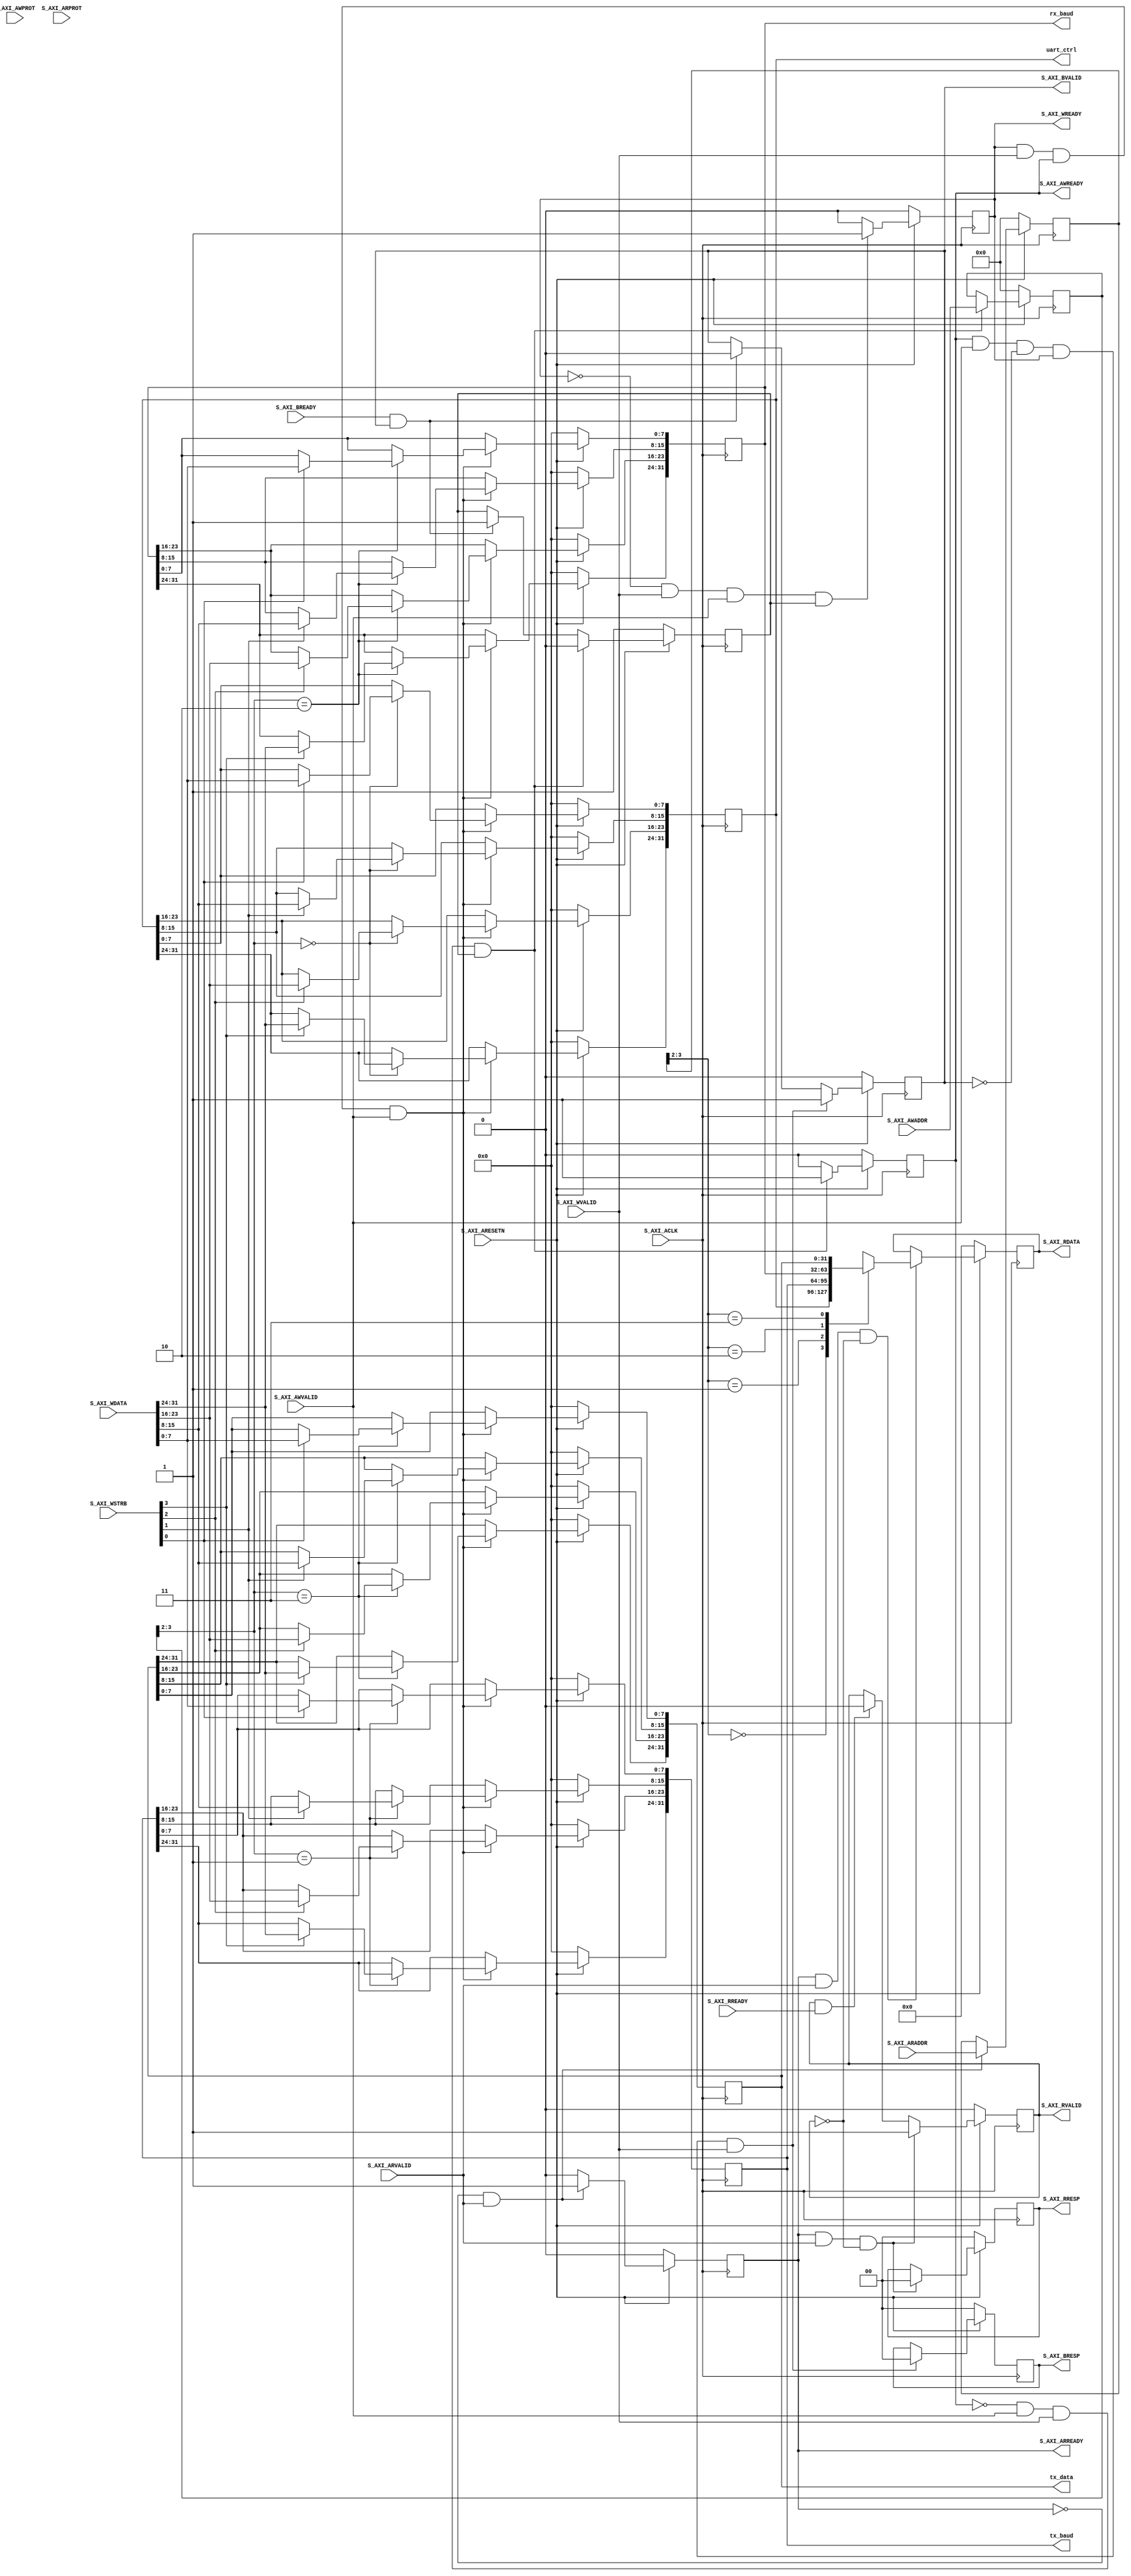

`timescale 1 ns / 1 ps

	module axi_if #
	(
		parameter integer C_S_AXI_DATA_WIDTH	= 32,
		parameter integer C_S_AXI_ADDR_WIDTH	= 4
	)
	(
		input wire                            S_AXI_ACLK,
		input wire                            S_AXI_ARESETN,
		// Write address (issued by master, acceped by Slave)
		input wire [C_S_AXI_ADDR_WIDTH-1 : 0] S_AXI_AWADDR,
		input wire [2 : 0]                    S_AXI_AWPROT,
		input wire                            S_AXI_AWVALID,
		output wire                           S_AXI_AWREADY,
		// Write data (issued by master, acceped by Slave) 
		input wire [C_S_AXI_DATA_WIDTH-1 : 0] S_AXI_WDATA, 
		input wire [(C_S_AXI_DATA_WIDTH/8)-1 : 0] S_AXI_WSTRB,
		input wire                            S_AXI_WVALID,
		output wire                           S_AXI_WREADY,
		output wire [1 : 0]                   S_AXI_BRESP,
		output wire                           S_AXI_BVALID,
		input wire                            S_AXI_BREADY,
		input wire [C_S_AXI_ADDR_WIDTH-1 : 0] S_AXI_ARADDR,
		input wire [2 : 0]                    S_AXI_ARPROT,
		input wire                            S_AXI_ARVALID,
		output wire                           S_AXI_ARREADY,
		// Read data (issued by slave)
		output wire [C_S_AXI_DATA_WIDTH-1 : 0] S_AXI_RDATA,
		output wire [1 : 0]                   S_AXI_RRESP,
		output wire                           S_AXI_RVALID,
		input wire                            S_AXI_RREADY,
		// To Internal
		output reg [C_S_AXI_DATA_WIDTH-1:0]	  uart_ctrl,
		output reg [C_S_AXI_DATA_WIDTH-1:0]	  tx_baud,
		output reg [C_S_AXI_DATA_WIDTH-1:0]	  rx_baud,
		output reg [C_S_AXI_DATA_WIDTH-1:0]	  tx_data
	);

	// AXI4LITE signals
	reg [C_S_AXI_ADDR_WIDTH-1 : 0]     axi_awaddr;
	reg  	                           axi_awready;
	reg  	                           axi_wready;
	reg [1 : 0] 	                   axi_bresp;
	reg  	                           axi_bvalid;
	reg [C_S_AXI_ADDR_WIDTH-1 : 0] 	   axi_araddr;
	reg  	                           axi_arready;
	reg [C_S_AXI_DATA_WIDTH-1 : 0] 	   axi_rdata;
	reg [1 : 0] 	                   axi_rresp;
	reg  	                           axi_rvalid;

	// Example-specific design signals
	// local parameter for addressing 32 bit / 64 bit C_S_AXI_DATA_WIDTH
	// ADDR_LSB is used for addressing 32/64 bit registers/memories
	// ADDR_LSB = 2 for 32 bits (n downto 2)
	// ADDR_LSB = 3 for 64 bits (n downto 3)
	localparam integer ADDR_LSB = (C_S_AXI_DATA_WIDTH/32) + 1;
	localparam integer OPT_MEM_ADDR_BITS = 1;
	//----------------------------------------------
	//-- Signals for user logic register space example
	//------------------------------------------------
	//-- Number of Slave Registers 4
	//reg [C_S_AXI_DATA_WIDTH-1:0]	  uart_ctrl;
	//reg [C_S_AXI_DATA_WIDTH-1:0]	  tx_baud;
	//reg [C_S_AXI_DATA_WIDTH-1:0]	  rx_baud;
	//reg [C_S_AXI_DATA_WIDTH-1:0]	  tx_data;
	wire	                          slv_reg_rden;
	wire	                          slv_reg_wren;
	reg [C_S_AXI_DATA_WIDTH-1:0]	  reg_data_out;
	integer	                          byte_index;
	reg	                              aw_en;

	// I/O Connections assignments
	assign S_AXI_AWREADY   = axi_awready;
	assign S_AXI_WREADY	   = axi_wready;
	assign S_AXI_BRESP	   = axi_bresp;
	assign S_AXI_BVALID	   = axi_bvalid;
	assign S_AXI_ARREADY   = axi_arready;
	assign S_AXI_RDATA	   = axi_rdata;
	assign S_AXI_RRESP	   = axi_rresp;
	assign S_AXI_RVALID	   = axi_rvalid;
	// Implement axi_awready generation
	// axi_awready is asserted for one S_AXI_ACLK clock cycle when both
	// S_AXI_AWVALID and S_AXI_WVALID are asserted. axi_awready is
	// de-asserted when reset is low.

	always @( posedge S_AXI_ACLK )	begin
	  if ( S_AXI_ARESETN == 1'b0 )  begin
	      axi_awready <= 1'b0;
	      aw_en <= 1'b1;
	    end 
	  else begin    
	      if (~axi_awready && S_AXI_AWVALID && S_AXI_WVALID && aw_en)    begin
	          // slave is ready to accept write address when 
	          // there is a valid write address and write data
	          // on the write address and data bus. This design 
	          // expects no outstanding transactions. 
	          axi_awready <= 1'b1;
	          aw_en <= 1'b0;
	        end
	        else if (S_AXI_BREADY && axi_bvalid) begin
	              aw_en <= 1'b1;
	              axi_awready <= 1'b0;
	            end
	      else begin
	          axi_awready <= 1'b0;
	        end
	    end 
	end       

	// Implement axi_awaddr latching
	// This process is used to latch the address when both 
	// S_AXI_AWVALID and S_AXI_WVALID are valid. 

	always @( posedge S_AXI_ACLK )	begin
	  if ( S_AXI_ARESETN == 1'b0 )	    begin
	      axi_awaddr <= 0;
	    end 
	  else  begin    
	      if (~axi_awready && S_AXI_AWVALID && S_AXI_WVALID && aw_en)  begin
	          // Write Address latching 
	          axi_awaddr <= S_AXI_AWADDR;
	        end
	    end 
	end       

	// Implement axi_wready generation
	// axi_wready is asserted for one S_AXI_ACLK clock cycle when both
	// S_AXI_AWVALID and S_AXI_WVALID are asserted. axi_wready is 
	// de-asserted when reset is low. 

	always @( posedge S_AXI_ACLK ) begin
	  if ( S_AXI_ARESETN == 1'b0 )  begin
	      axi_wready <= 1'b0;
	    end 
	  else  begin    
	      if (~axi_wready && S_AXI_WVALID && S_AXI_AWVALID && aw_en )  begin
	          // slave is ready to accept write data when 
	          // there is a valid write address and write data
	          // on the write address and data bus. This design 
	          // expects no outstanding transactions. 
	          axi_wready <= 1'b1;
	        end
	      else begin
	          axi_wready <= 1'b0;
	      end
	    end 
	end       

	// Implement memory mapped register select and write logic generation
	// The write data is accepted and written to memory mapped registers when
	// axi_awready, S_AXI_WVALID, axi_wready and S_AXI_WVALID are asserted. Write strobes are used to
	// select byte enables of slave registers while writing.
	// These registers are cleared when reset (active low) is applied.
	// Slave register write enable is asserted when valid address and data are available
	// and the slave is ready to accept the write address and write data.
	assign slv_reg_wren = axi_wready && S_AXI_WVALID && axi_awready && S_AXI_AWVALID;

	always @( posedge S_AXI_ACLK )	begin
	  if ( S_AXI_ARESETN == 1'b0 )  begin
	      uart_ctrl <= 0;
	      tx_baud <= 0;
	      rx_baud <= 0;
	      tx_data <= 0;
	  end 
	  else begin
	    if (slv_reg_wren) begin
	        case ( axi_awaddr[ADDR_LSB+OPT_MEM_ADDR_BITS:ADDR_LSB] )
	          2'h0:
	            for ( byte_index = 0; byte_index <= (C_S_AXI_DATA_WIDTH/8)-1; byte_index = byte_index+1 )
	              if ( S_AXI_WSTRB[byte_index] == 1 ) begin
	                // Respective byte enables are asserted as per write strobes 
	                // Slave register 0
	                uart_ctrl[(byte_index*8) +: 8] <= S_AXI_WDATA[(byte_index*8) +: 8];
	              end  
	          2'h1:
	            for ( byte_index = 0; byte_index <= (C_S_AXI_DATA_WIDTH/8)-1; byte_index = byte_index+1 )
	              if ( S_AXI_WSTRB[byte_index] == 1 ) begin
	                // Respective byte enables are asserted as per write strobes 
	                // Slave register 1
	                tx_baud[(byte_index*8) +: 8] <= S_AXI_WDATA[(byte_index*8) +: 8];
	              end  
	          2'h2:
	            for ( byte_index = 0; byte_index <= (C_S_AXI_DATA_WIDTH/8)-1; byte_index = byte_index+1 )
	              if ( S_AXI_WSTRB[byte_index] == 1 ) begin
	                // Respective byte enables are asserted as per write strobes 
	                // Slave register 2
	                rx_baud[(byte_index*8) +: 8] <= S_AXI_WDATA[(byte_index*8) +: 8];
	              end  
	          2'h3:
	            for ( byte_index = 0; byte_index <= (C_S_AXI_DATA_WIDTH/8)-1; byte_index = byte_index+1 )
	              if ( S_AXI_WSTRB[byte_index] == 1 ) begin
	                // Respective byte enables are asserted as per write strobes 
	                // Slave register 3
	                tx_data[(byte_index*8) +: 8] <= S_AXI_WDATA[(byte_index*8) +: 8];
	              end  
	          default : begin
	                      uart_ctrl <= uart_ctrl;
	                      tx_baud <= tx_baud;
	                      rx_baud <= rx_baud;
	                      tx_data <= tx_data;
	                    end
	        endcase
	      end
	  end
	end    

	// Implement write response logic generation
	// The write response and response valid signals are asserted by the slave 
	// when axi_wready, S_AXI_WVALID, axi_wready and S_AXI_WVALID are asserted.  
	// This marks the acceptance of address and indicates the status of 
	// write transaction.

	always @( posedge S_AXI_ACLK )	begin
	  if ( S_AXI_ARESETN == 1'b0 ) begin
	      axi_bvalid  <= 0;
	      axi_bresp   <= 2'b0;
	    end 
	  else begin    
	      if (axi_awready && S_AXI_AWVALID && ~axi_bvalid && axi_wready && S_AXI_WVALID) begin
	          // indicates a valid write response is available
	          axi_bvalid <= 1'b1;
	          axi_bresp  <= 2'b0; // 'OKAY' response 
	      end                   // work error responses in future
	      else begin
	          if (S_AXI_BREADY && axi_bvalid) begin
	            //check if bready is asserted while bvalid is high) 
	            //(there is a possibility that bready is always asserted high)   
	              axi_bvalid <= 1'b0; 
	          end  
	      end
	   end
	end   

	// Implement axi_arready generation
	// axi_arready is asserted for one S_AXI_ACLK clock cycle when
	// S_AXI_ARVALID is asserted. axi_awready is 
	// de-asserted when reset (active low) is asserted. 
	// The read address is also latched when S_AXI_ARVALID is 
	// asserted. axi_araddr is reset to zero on reset assertion.

	always @( posedge S_AXI_ACLK ) begin
	  if ( S_AXI_ARESETN == 1'b0 ) begin
	      axi_arready <= 1'b0;
	      axi_araddr  <= 32'b0;
	  end 
	  else  begin    
	      if (~axi_arready && S_AXI_ARVALID)  begin
	          // indicates that the slave has acceped the valid read address
	          axi_arready <= 1'b1;
	          // Read address latching
	          axi_araddr  <= S_AXI_ARADDR;
	        end
	      else  begin
	          axi_arready <= 1'b0;
	      end
	  end 
	end       

	// Implement axi_arvalid generation
	// axi_rvalid is asserted for one S_AXI_ACLK clock cycle when both 
	// S_AXI_ARVALID and axi_arready are asserted. The slave registers 
	// data are available on the axi_rdata bus at this instance. The 
	// assertion of axi_rvalid marks the validity of read data on the 
	// bus and axi_rresp indicates the status of read transaction.axi_rvalid 
	// is deasserted on reset (active low). axi_rresp and axi_rdata are 
	// cleared to zero on reset (active low).  
	
	always @( posedge S_AXI_ACLK ) begin
	  if ( S_AXI_ARESETN == 1'b0 ) begin
	      axi_rvalid <= 0;
	      axi_rresp  <= 0;
	  end 
	  else  begin    
	      if (axi_arready && S_AXI_ARVALID && ~axi_rvalid) begin
	          // Valid read data is available at the read data bus
	          axi_rvalid <= 1'b1;
	          axi_rresp  <= 2'b0; // 'OKAY' response
	      end
	      else if (axi_rvalid && S_AXI_RREADY) begin
	          // Read data is accepted by the master
	          axi_rvalid <= 1'b0;
	      end                
	   end
	end    

	// Implement memory mapped register select and read logic generation
	// Slave register read enable is asserted when valid address is available
	// and the slave is ready to accept the read address.
	assign slv_reg_rden = axi_arready & S_AXI_ARVALID & ~axi_rvalid;
	always @(*)	begin
	      // Address decoding for reading registers
	      case ( axi_araddr[ADDR_LSB+OPT_MEM_ADDR_BITS:ADDR_LSB] )
	        2'h0   : reg_data_out <= uart_ctrl;
	        2'h1   : reg_data_out <= tx_baud;
	        2'h2   : reg_data_out <= rx_baud;
	        2'h3   : reg_data_out <= tx_data;
	        default : reg_data_out <= 0;
	      endcase
	end

	// Output register or memory read data
	always @( posedge S_AXI_ACLK ) begin
	  if ( S_AXI_ARESETN == 1'b0 )  begin
	      axi_rdata  <= 0;
	  end 
	  else  begin    
	      // When there is a valid read address (S_AXI_ARVALID) with 
	      // acceptance of read address by the slave (axi_arready), 
	      // output the read dada 
	      if (slv_reg_rden)  begin
	          axi_rdata <= reg_data_out;     // register read data
	      end   
	   end
	end    

	// Add user logic here

	// User logic ends

	endmodule